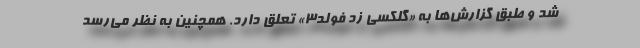
شد و طبق گزارش‌ها به «گلکسی زد فولد۳» تعلق دارد. همچنین به نظر می‌رسد